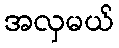
အလှမယ်